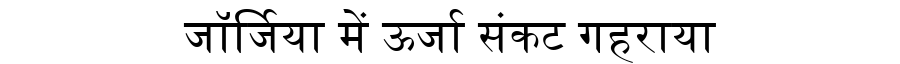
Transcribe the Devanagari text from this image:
जॉर्जिया में ऊर्जा संकट गहराया